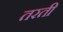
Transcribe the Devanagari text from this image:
तरती